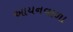
આયનવાળા